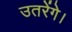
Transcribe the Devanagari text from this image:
उतरेंगे।